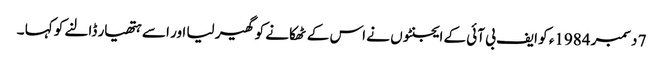
7 دسمبر 1984ء کو ایف بی آئی کے ایجنٹوں نے اس کے ٹھکانے کو گھیر لیا اور اسے ہتھیار ڈالنے کو کہا ۔